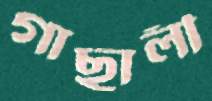
গাছালী